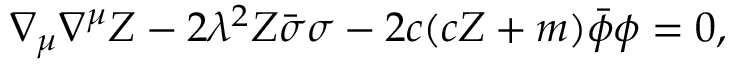
\nabla _ { \mu } \nabla ^ { \mu } Z - 2 \lambda ^ { 2 } Z \bar { \sigma } \sigma - 2 c ( c Z + m ) \bar { \phi } \phi = 0 ,